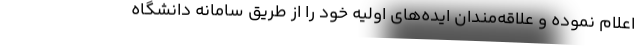
اعلام نموده و علاقه‌مندان ایده‌های اولیه خود را از طریق سامانه دانشگاه